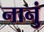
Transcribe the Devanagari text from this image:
नानुं